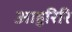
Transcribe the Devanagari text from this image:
आहुरिरि